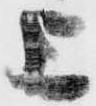
上